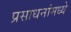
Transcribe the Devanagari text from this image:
प्रसाधनांमध्ये